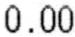
0.00